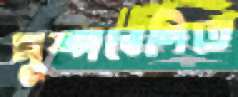
পুষ্পবেণিতে